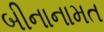
બીનાનામત